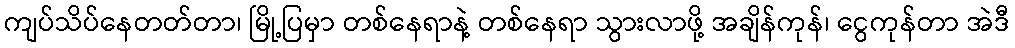
ကျပ်သိပ်နေတတ်တာ၊ မြို့ပြမှာ တစ်နေရာနဲ့ တစ်နေရာ သွားလာဖို့ အချိန်ကုန်၊ ငွေကုန်တာ အဲဒီ